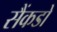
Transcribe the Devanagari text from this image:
सैंकडो